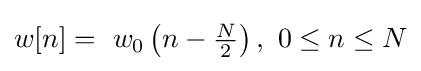
w[n]=\ w_{0}\left(n-{\tfrac {N}{2}}\right),\ 0\leq n\leq N